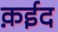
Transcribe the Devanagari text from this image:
क़ईद